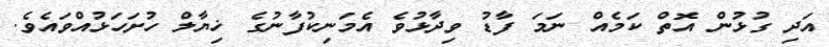
އަދި ގުޅުން އޮތް ކަމެއް ނަމަ ފާޑު ވިދާޅުވެ އެމަނިކުފާނުގެ ޚިޔާލް ހުށަހަޅުއްވައެވެ.